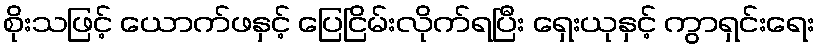
စိုးသဖြင့် ယောက်ဖနှင့် ပြေငြိမ်းလိုက်ရပြီး ရှေးယုနှင့် ကွာရှင်းရေး